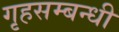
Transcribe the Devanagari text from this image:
गृहसम्बन्धी